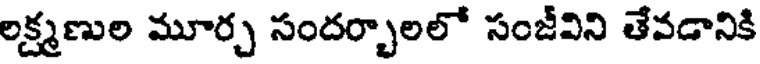
లక్ష్మణుల మూర్చ సందర్భాలలో సంజీవిని తేవడానికి